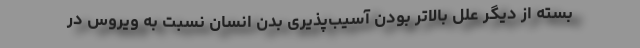
بسته از دیگر علل بالاتر بودن آسیب‌پذیری بدن انسان نسبت به ویروس در